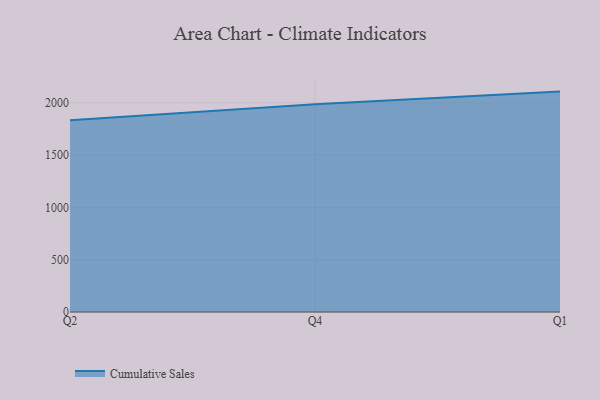
{"axis": {"x": "Quarter", "y": "Satisfaction Score"}, "legend": ["Cumulative Sales"], "data": [{"x": "Q2", "y": 1832.9, "type": "Cumulative Sales"}, {"x": "Q4", "y": 1985.0, "type": "Cumulative Sales"}, {"x": "Q1", "y": 2106.9, "type": "Cumulative Sales"}]}